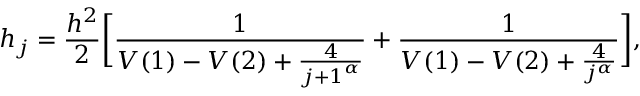
h _ { j } = \frac { h ^ { 2 } } { 2 } \bigg [ \frac { 1 } { V ( 1 ) - V ( 2 ) + \frac { 4 } { { j + 1 } ^ { \alpha } } } + \frac { 1 } { V ( 1 ) - V ( 2 ) + \frac { 4 } { { j } ^ { \alpha } } } \bigg ] ,